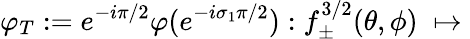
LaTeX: \varphi_{T}:=e^{-i\pi/2}\varphi(e^{-i\sigma_{1}\pi/2}):f_{\pm}^{3/2}(\theta,\phi)\; \mapsto\;